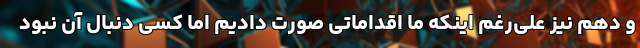
و دهم نیز علی‌رغم اینکه ما اقداماتی صورت دادیم اما کسی دنبال آن نبود